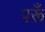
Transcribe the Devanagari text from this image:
परूँ